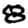
Digit: 8